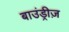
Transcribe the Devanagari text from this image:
बाउंड्रीज़